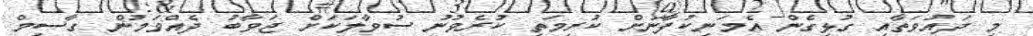
މި ދައުވަތާއި ގުޅިގެން އެމަނިކުފާނަށް ކުރިމަތި ކުރެވުނު ސުވާލަކަށް ޖަވާބު ދެއްވަމުން ގާސިމް